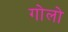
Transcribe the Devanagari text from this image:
गोलो